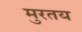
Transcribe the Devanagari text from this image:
मुरतय